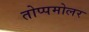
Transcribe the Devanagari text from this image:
तोप्पमोलर